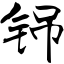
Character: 铞